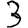
Digit: 3